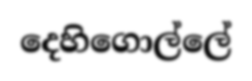
දෙහිගොල්ලේ